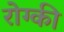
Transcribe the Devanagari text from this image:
रोग्की